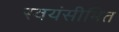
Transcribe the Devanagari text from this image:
स्वयंसीमित